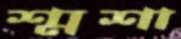
শ্মশা